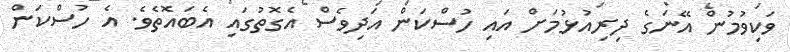
ވަކިވުމުން އޭނަގެ ދިރިއުޅުމަށް އައި ހުސްކަން އަދިވެސް އެގޮތުގައި އެބައޮތެވެ. އެ ހުސްކަން